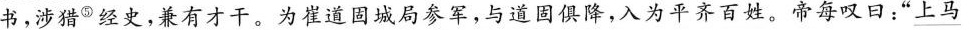
书，涉猎^{⑤}经史，兼有才干。为崔道固城局参军，与道固俱降，入为平齐百姓。帝每叹日：”上马